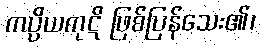
ကပ္ပိယကုဋိ ဖြစ်ပြန်သေး၏၊